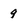
Character: 9